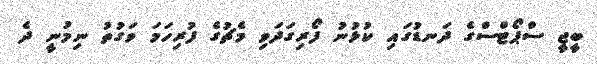
ބީޖީ ސްޕޯޓްސްގެ ދަނޑުގައި ކުޅުނު ފޯރިގަދަވި މެޗުގެ ފުރިހަމަ ވަގުތު ނިމުނީ ދެ